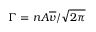
\Gamma = n A \overline { { v } } / \sqrt { 2 \pi }